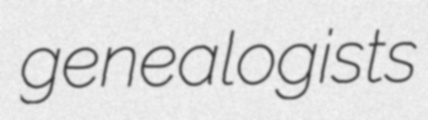
genealogists